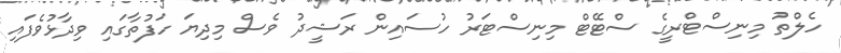
ހެލްތު މިނިސްޓްރީގެ ސްޓޭޓް މިނިސްޓަރު ހުސައިން ރަޝީދު ވެސް މިދިޔަ ހަފުތާގައި ވިދާޅުވެފައި